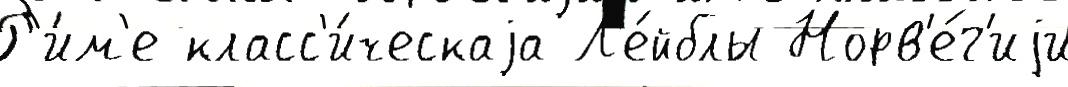
Р'и́м'е класс'и́ческаjа Л'е́йблы Норв'е́г'иjи